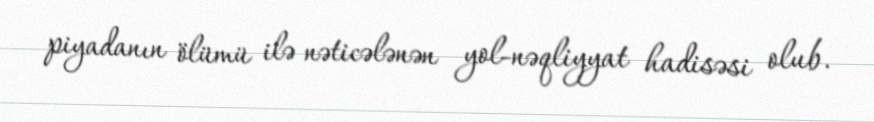
piyadanın ölümü ilə nəticələnən yol-nəqliyyat hadisəsi olub.